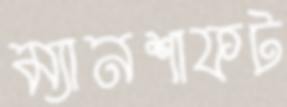
ম্যানশাফট